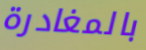
بالمغادرة